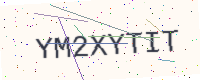
Text: YM2XYTIT